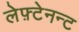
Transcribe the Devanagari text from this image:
लेफ़्टेनन्ट